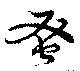
蚤